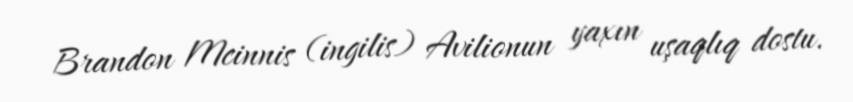
Brandon Mcinnis (ingilis) Avilionun yaxın uşaqlıq dostu.